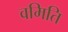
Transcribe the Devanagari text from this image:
वमिति